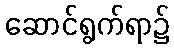
ဆောင်ရွက်ရာ၌